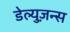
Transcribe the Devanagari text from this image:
डेल्युज़न्स